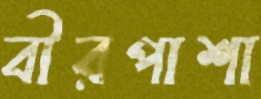
বীরপাশা